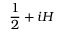
{ \frac { 1 } { 2 } } + i H